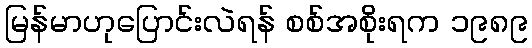
မြန်မာဟုပြောင်းလဲရန် စစ်အစိုးရက ၁၉၈၉